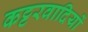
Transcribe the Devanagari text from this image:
कट्टरवादियों